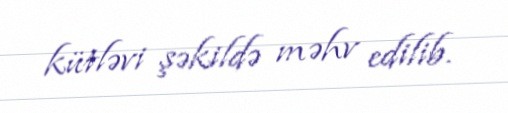
kütləvi şəkildə məhv edilib.